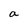
Character: a